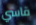
قاسي